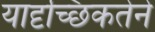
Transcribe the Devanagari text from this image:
यादृच्छिकतेने